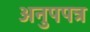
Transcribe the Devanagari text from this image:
अनुपपत्र